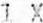
1 X